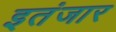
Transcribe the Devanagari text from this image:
इतंजार